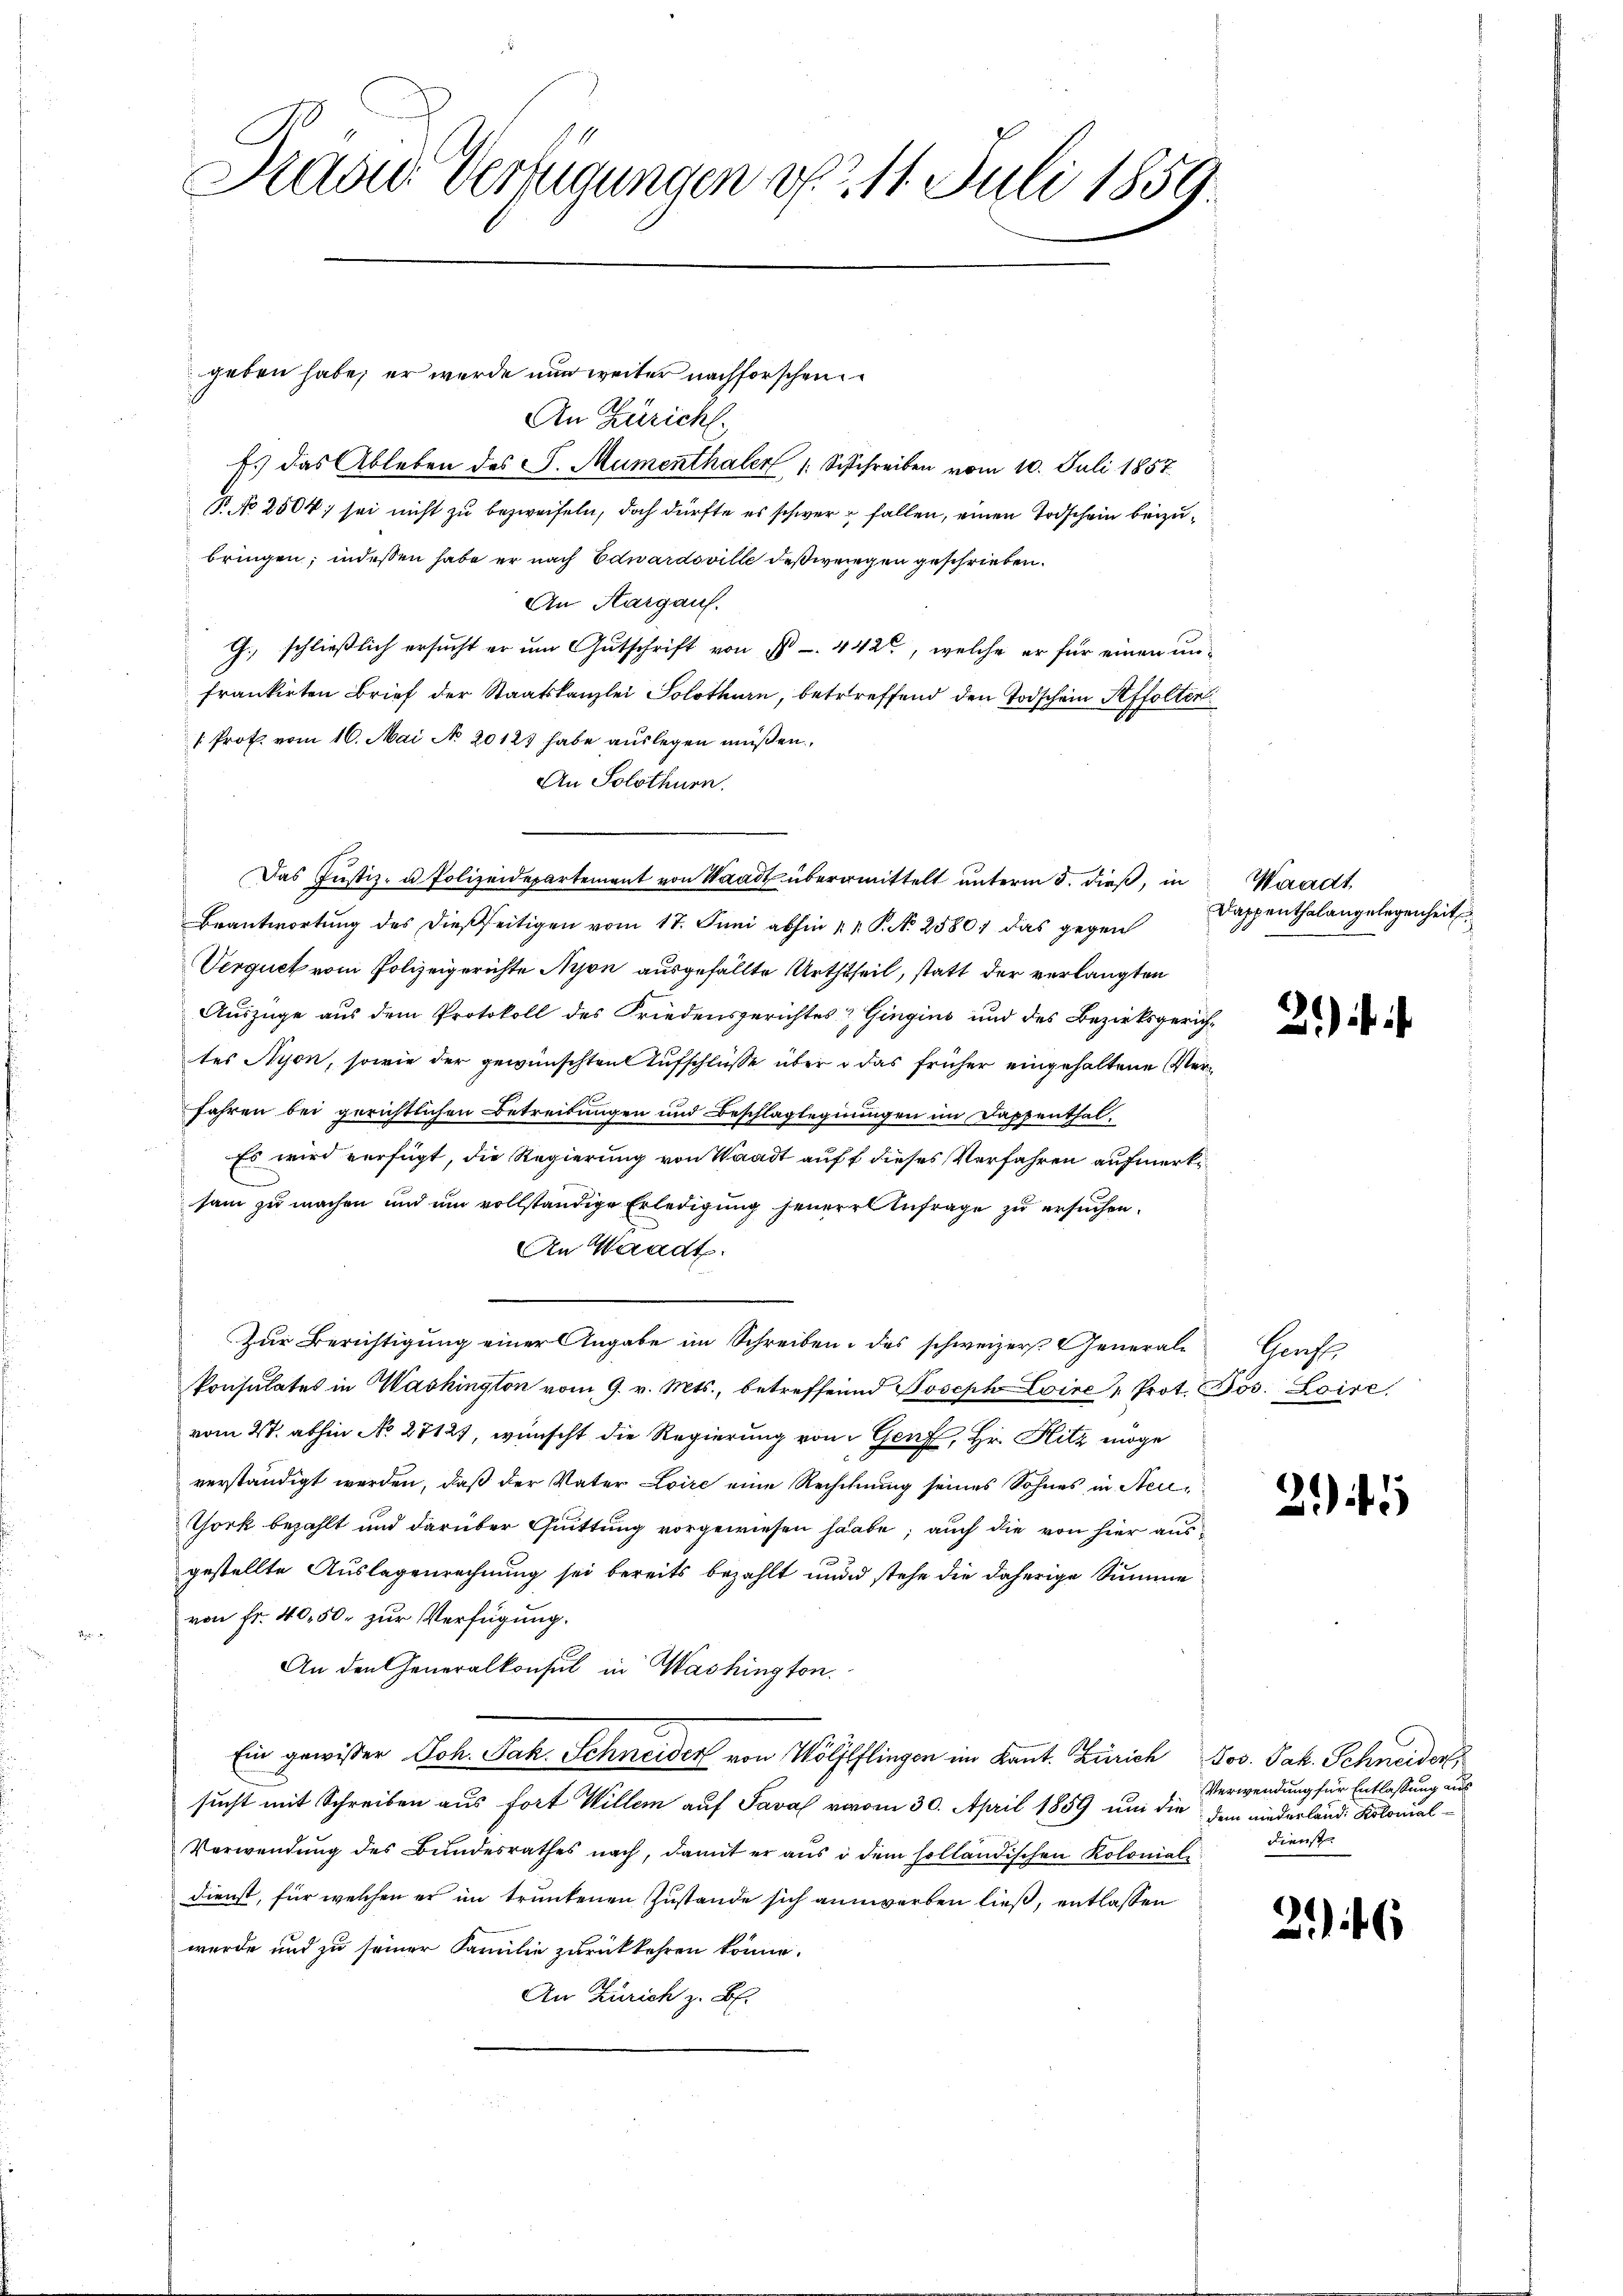
Praxis Verfügungen v. 211. Juli 1859.

geben habe, er wurde nun weiter nachforschen
An Züricht.
Es das Ableben des L. Mumenthaler 1. Beschreiben vom 10. Juli 1857
R. No 2504; sei nicht zu bezweifeln, doch dürfte es schwerer fallen, einen Todschein beizubringen; indessen habe er nach Edwardsville deßwegen geschrieben.
An Aargauf.
G. schließlich ersucht er um Gutschrift von 1 442, welche er für einen unfrankirten Brief der Staatskanzlei Solothurn, betreffend den Todschein Affolter
 Prof. vom 16. Mai No 20127 habe auslegen müßen.
An Solothurn.
Das Justiz- u Polizeidepartement von Waadt übermittelt unterm 5. dieß, in
Beantwortung des dießseitigen vom 17. Juni abhin 1 1 S. N. 2580; das gegen
Verquet vom Polizeigerichte Nyon ausgefällte Urththeil, statt der verlangten
Auszüge aus dem Protokoll des Friedensgerichtes & Gingins und des Bezirksgerichtes Nyon, sowie der gewünschten Aufschlüsse über o das früher eingehaltene Verfahren bei gerichtlichen Betreitungen und Beschlaglegnungen im Kappenthal¬
Es wird verfügt, die Regierung von Waadt auff dieses Verfahren aufmerksam zu machen und um vollständige Erledigung jenere Anfrage zu ersuchen.
An Waadt.
Zur Berichtigung einer Angabe im Schreiben des schweizer General-Genf
Ponsulates in Washington vom 9. v. Mts., betreffend Joseph Loire " Prot. Jos. Loire.
vom 2t. abhin No 27127, wünscht die Regierung von Genf, Hr. Hitz möge
verständigt werden, daß der Vater Loire eine Rechnung seines Sohnes in Neu¬
Thork bezahlt und darüber Guittung vorgewiesen haabe; auch die von hier ausgestellte Auslagenrechnung sei bereits bezahlt und stehe die daherige Summe
von Fr. 40, 50. zur Verfügung.
An den Generalkonsul in Washington.
Ein gewißer Joh. Jak. Schneider von Wölflflingen im Kant. Zürich Jos. Jak. Schneider
sucht mit Schreiben aus fort Willem auf Sava vom 30. April 1859 um die dem niederland Kolonial¬
Verwendung des Bundesrathes nach, damit er aus i dem holländischen Koloniale
dienst, für welchen er im trunkenen Zustande sich annwerben ließ, entlassen
wurde und zu seiner Familie zurückkehren könne.
An Zürich z. B.

Waadt
Dappenthalangelegenheit

2) u. i

2.)

Verwendung für Entlassung aus
Dienste

2)4 6